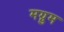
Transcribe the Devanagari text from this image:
मग्नुम